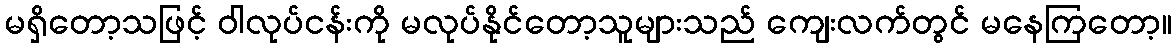
မရှိတော့သဖြင့် ဝါလုပ်ငန်းကို မလုပ်နိုင်တော့သူများသည် ကျေးလက်တွင် မနေကြတော့။